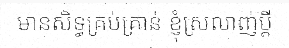
មានសិទ្ធគ្រប់គ្រាន់ ខ្ញុំស្រលាញ់ប្តី